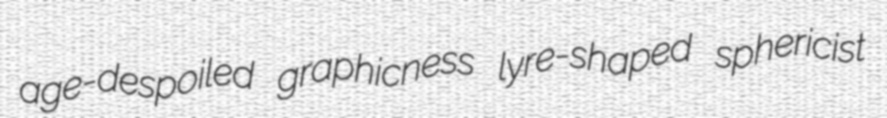
age-despoiled graphicness lyre-shaped sphericist